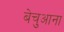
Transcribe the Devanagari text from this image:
बेचुआना